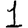
Digit: 1